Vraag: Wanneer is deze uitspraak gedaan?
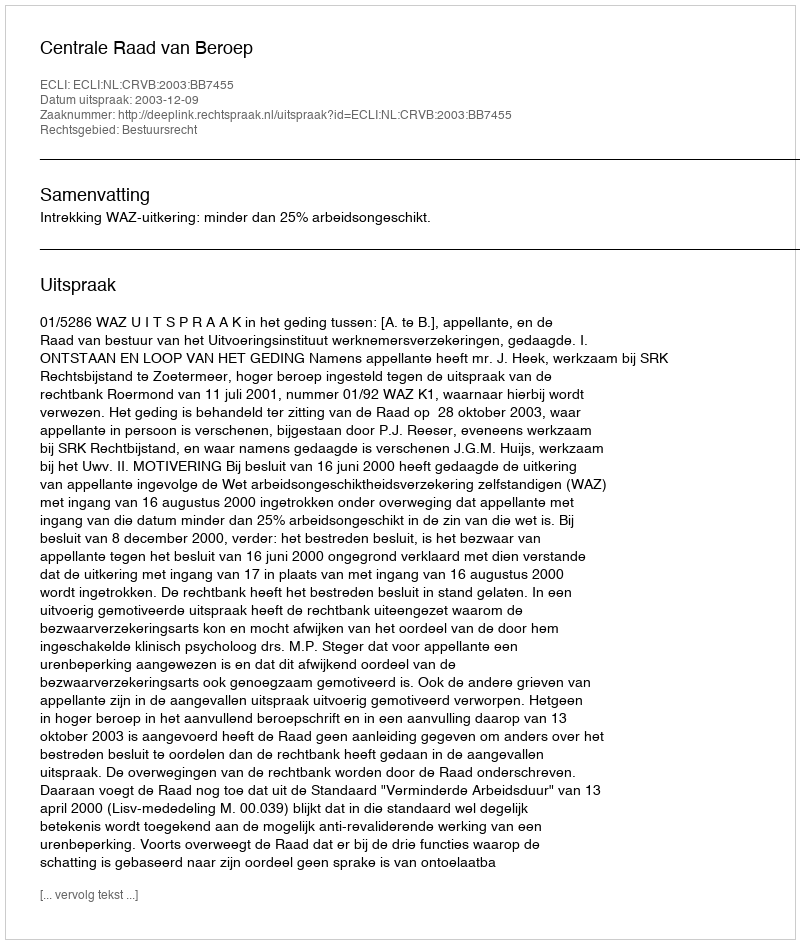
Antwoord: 2003-12-09